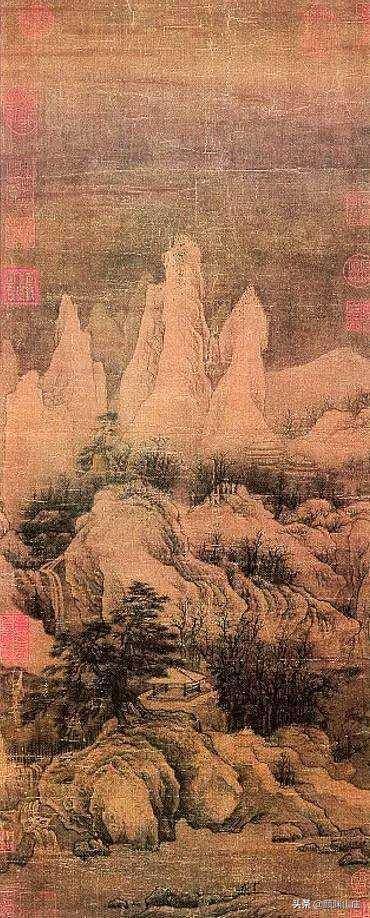
香消翠减，雨昏烟暗，芳草遍江南。